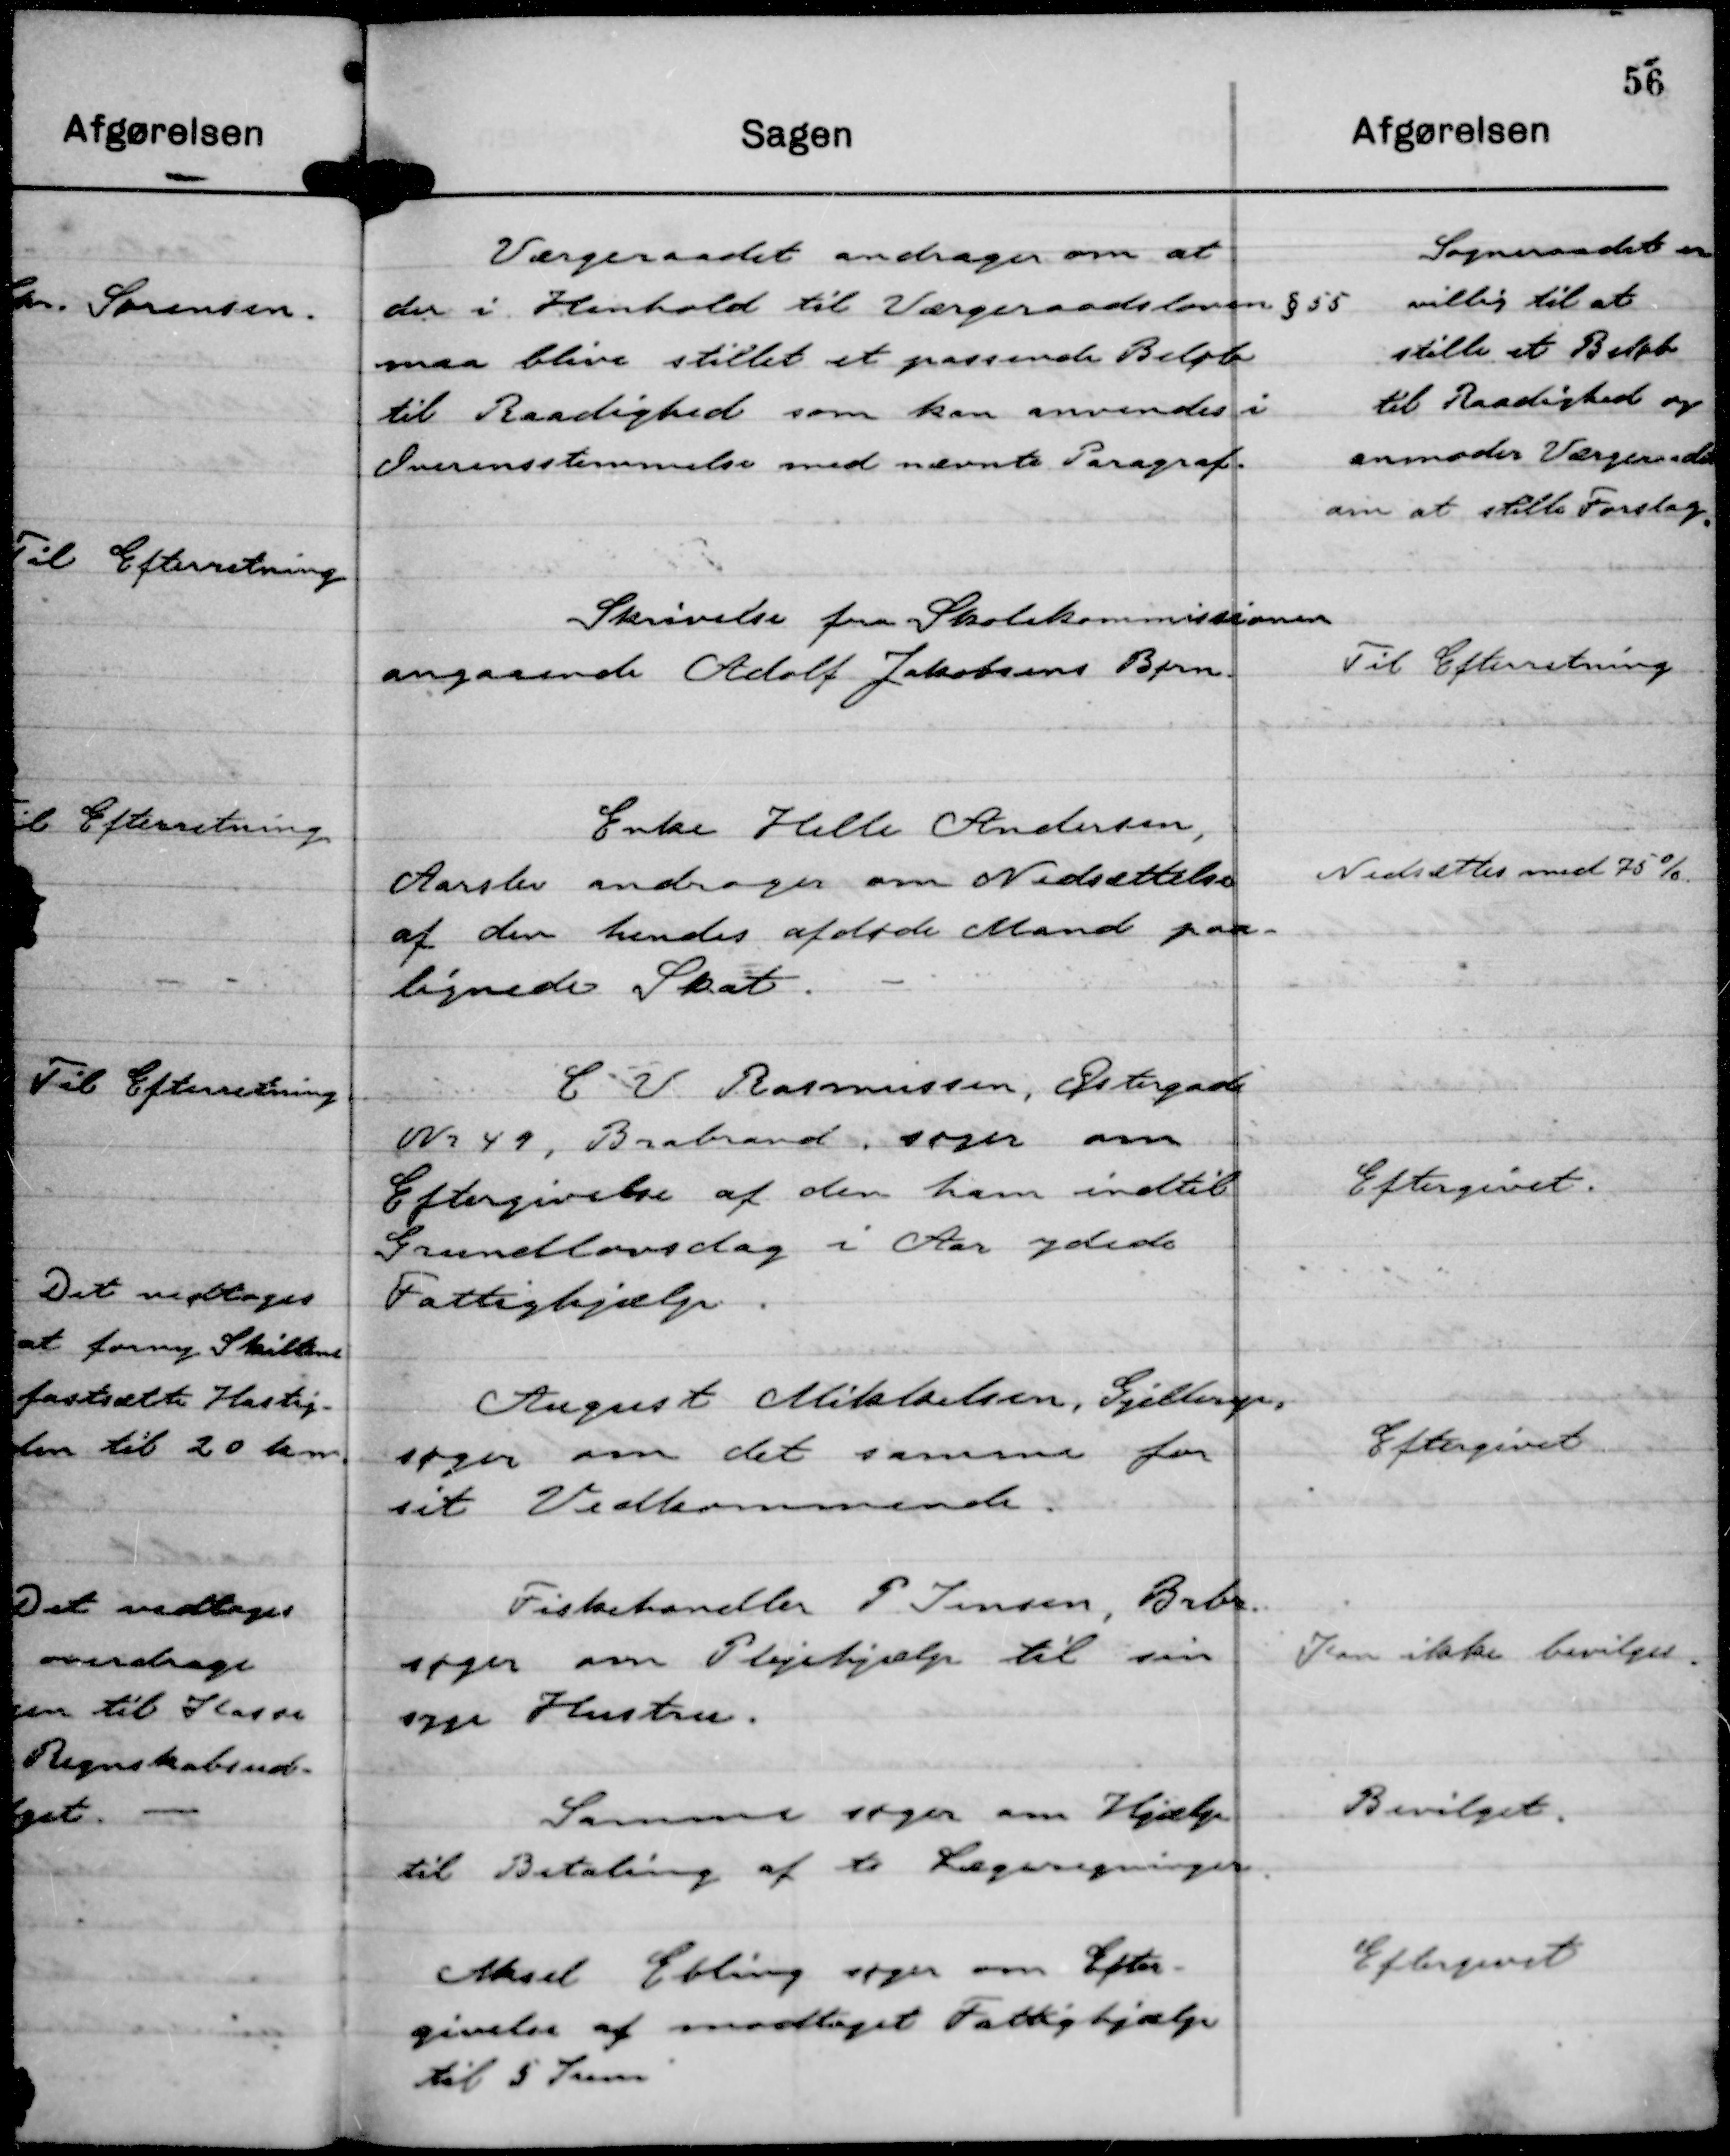
Transskription:
Værgeraadet andrager om at
der i Henhold til Værgeraadsloven § 55
maa blive stillet et passende Beløb
til Raadighed som kan anvendes i
Overensstemmelse med nævnte Paragraf.

Sogneraadet er
villig til at
stille et Beløb
til Raadighed og
anmoder Værgeraadet
om at stille Forslag.

Skrivelse fra Skolekommissionen
angaaende Adolf Jakobsens Børn.

Til Efterretning

Enke Helle Andersen,
Aarslev andrager om Nedsættelse
af den hendes afdøde Mand paa-
lignede Skat.

Nedsættes med 75 %.

C V Rasmussen, Østergade
Nr 49, Brabrand, søger om
Eftergivelse af den ham indtil
Grundlovsdag i Aar ydede
Fattighjælp.

Eftergivet.

August Mikkelsen, Gjellerup,
søger om det samme for
sit Vedkommende.

Eftergivet

Fiskehandler P Jensen, Brbr.
søger om Plejehjælp til sin
syge Hustru.

Kan ikke bevilges.

Samme søger om Hjælp
til Betaling af to Lægeregninger.

Bevilget.

Aksel Ebling søger om Efter-
givelse af modtaget Fattighjælp
til 5 Juni

Eftergivet